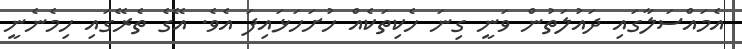
އެމައްސަލާގައި ދައުލަތުން ވަނީ ގިނަ ހެކިތަކެއް ހުށަހަޅައިފަ އެވެ. އޭގެ ތެރޭގައި ހިމެނެނީ